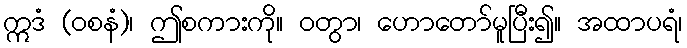
ဣဒံ (ဝစနံ)၊ ဤစကားကို။ ဝတွာ၊ ဟောတော်မူပြီး၍။ အထာပရံ၊